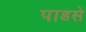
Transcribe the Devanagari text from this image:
पाडसे